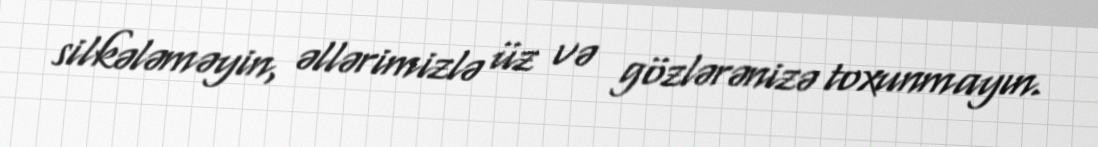
silkələməyin, əllərimizlə üz və gözlərənizə toxunmayın.